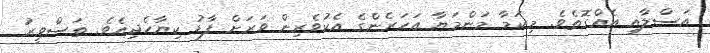
އަސްލާއި އެއްގޮތެވެ. މިކަމާ މަންމަޔާ އަހަރެންގެ އެކުވެރިން ވަރަށް ފާޑު ކިޔާހެދިއެވެ. ތަސްވީރު